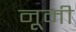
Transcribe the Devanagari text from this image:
नूमी